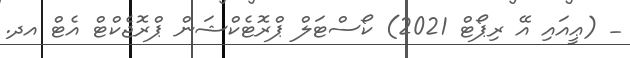
_ (ޢީއައި އޭ ރިޕޯޓް 2021) ކޯސްޓަލް ޕްރޮޓެކްޝަން ޕްރޮޖެކްޓް އެޓް އދ.